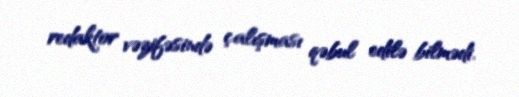
redaktor vəzifəsində çalışması qəbul edilə bilmədi.